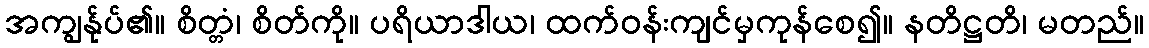
အကျွန်ုပ်၏။ စိတ္တံ၊ စိတ်ကို။ ပရိယာဒါယ၊ ထက်ဝန်းကျင်မှကုန်စေ၍။ နတိဋ္ဌတိ၊ မတည်။